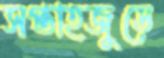
সপ্তাহজুড়ে